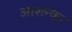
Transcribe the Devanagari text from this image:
आशन्का